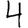
Digit: 4